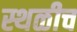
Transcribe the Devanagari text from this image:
स्थळीच